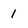
Character: 1